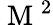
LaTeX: \mathrm{~M~}^{2}